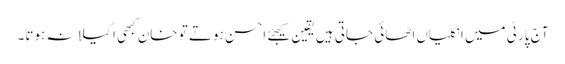
آج پارٹی میں انگلیاں اٹھائی جاتی ہیں یقین کیجئے احسن ہوتے تو خان کبھی اکیلا نہ ہوتا۔